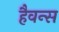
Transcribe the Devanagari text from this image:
हैवन्स